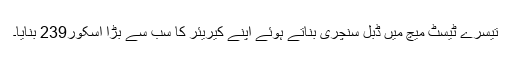
تیسرے ٹیسٹ میچ میں ڈبل سنچری بناتے ہوئے اپنے کیریئر کا سب سے بڑا اسکور239 بنایا۔